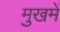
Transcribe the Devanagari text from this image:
मुखमें